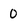
Character: 0